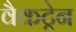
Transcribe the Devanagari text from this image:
वैकट्रेन